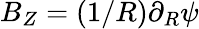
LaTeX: B_{Z}=(1/R)\partial_{R}\psi